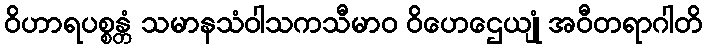
ဝိဟာရပစ္စန္တံ သမာနသံဝါသကသီမာဝ ဝိဟေဌေယျုံ အဝီတရာဂါတိ